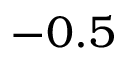
- 0 . 5